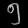
Digit: ၅